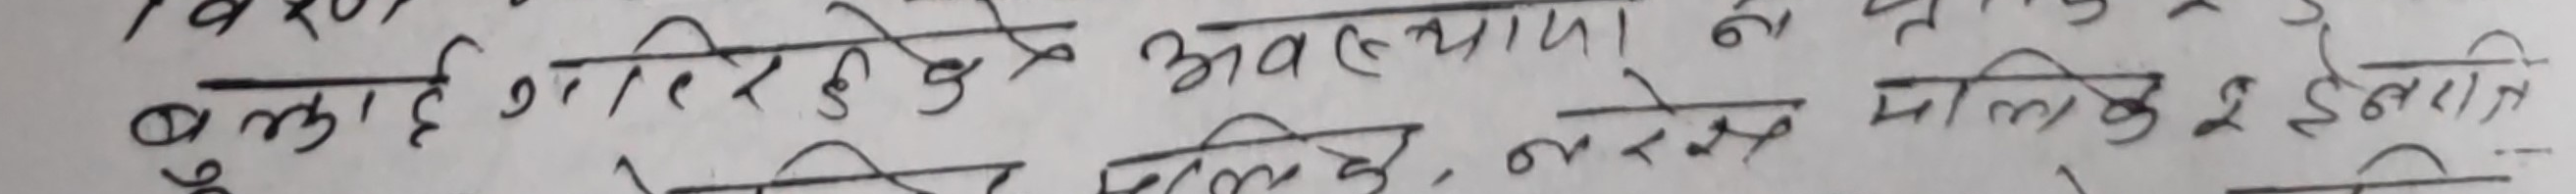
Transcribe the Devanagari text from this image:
बलुकी, गरिरहेको अवस्थामा, न सके, मौलिक, २ ईन्चि